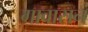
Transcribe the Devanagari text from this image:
गावासनं